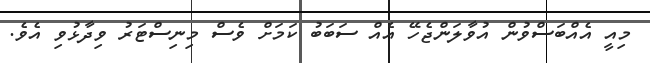
މިއީ އެއްބަސްވުން އުވާލަންޖެހޭ އެއް ސަބަބު ކަމަށް ވެސް މިނިސްޓަރު ވިދާޅުވި އެވެ.